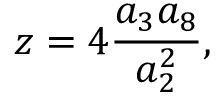
z = 4 \frac { a _ { 3 } a _ { 8 } } { a _ { 2 } ^ { 2 } } ,